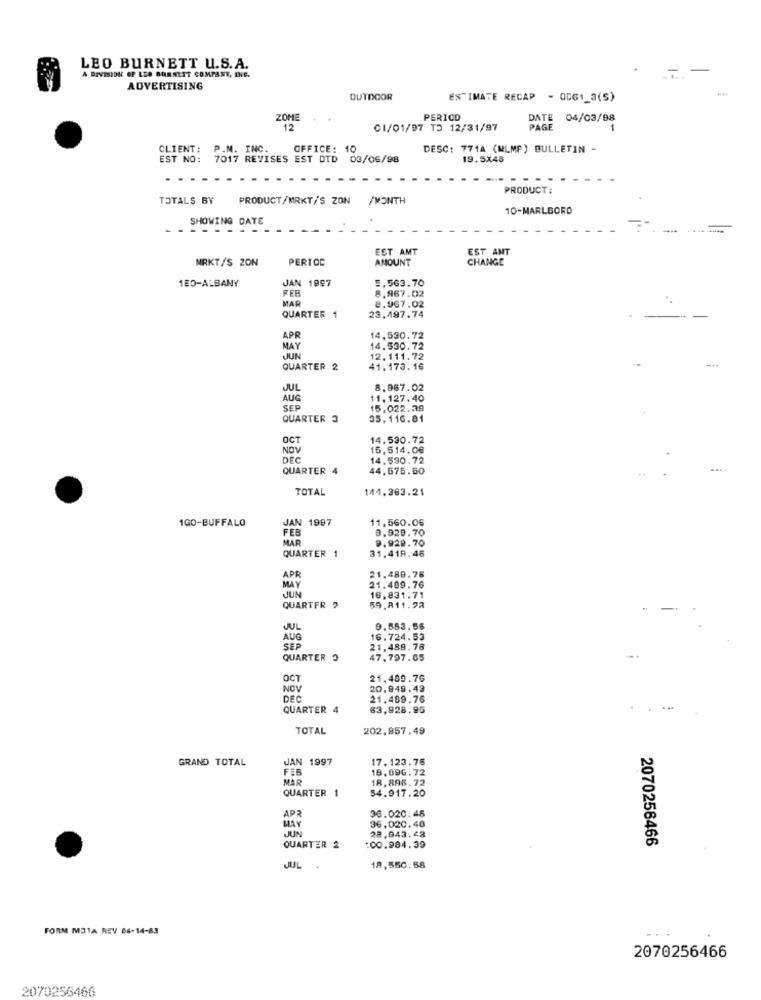
LEO BURNETT U.S.A.
A DIVISION OF LEO BURNETT COMPANY, DIE.
ADVERTISING
OUTDOOR
ESTIMATE RECAP - 0061_3(S)
ZOME
PERICO
DATE 04/03/98
12
01/01/97 T3 12/31/97
PAGE
CLIENT :
P.M. INC.
OFFICE: 1
DESC: 771A (MLMP) BULLETIN -
EST NO:
7017 REVISES EST DTD 03/06/98
19.5X48
PRODUCT:
TOTALS BY
PRODUCT/MRKT/S ZON /MONTH
10-MARLBORO
SHOWING DATE
EST AMT
EST ANT
NRKT/S ZON
PERIOD
AMOUNT
CHANGE
1E0-ALBANY
JAN 1997
5.563.70
FFR
8.967.02
MAR
. .
QUARTER 1
8.967.02
23.497.74
APR
14,530.72
MAY
14.530.72
JUN
12.111.72
QUARTER 2
41.173. 16
JUL
8.967.02
AUG
11.127.40
SEP
15.022.29
QUARTER 3
05.116.81
OCT
14.530.72
NOV
15,514.00
DEC
14.530.72
QUARTER 4
44,675.60
TOTAL
144.303.21
1GO-BUFFALO
JAN 1997
11,560.06
FEB
3.929.70
MAR
9.929.70
QUARTER 1
31,418.46
21.480.76
APR
21.409.76
MAY
16.831.71
JUN
59.811.92
QUARTER ?
JUL
9.553.56
AUG
16.724.53
SEP
21,489.78
QUARTER ?
47.797.65
OCT
21.489.76
NOV
20,949.43
DEC
21.489.76
QUARTER 4
83,928.95
TOTAL
202.957.49
GRAND TOTAL
JAN 1997
17.123.76
FEB
18.896.72
MAR
18.896.72
QUARTER
1
54.917.20
36.020.45
APR
MAY
36,020.40
22.943.48
JUN
2070256466
QUARTER 2
:00.984.39
JUL
18,550.58
FORM MOTA REV 64-14-83
2070256466
2070256466